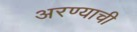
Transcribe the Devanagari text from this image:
अरण्याची